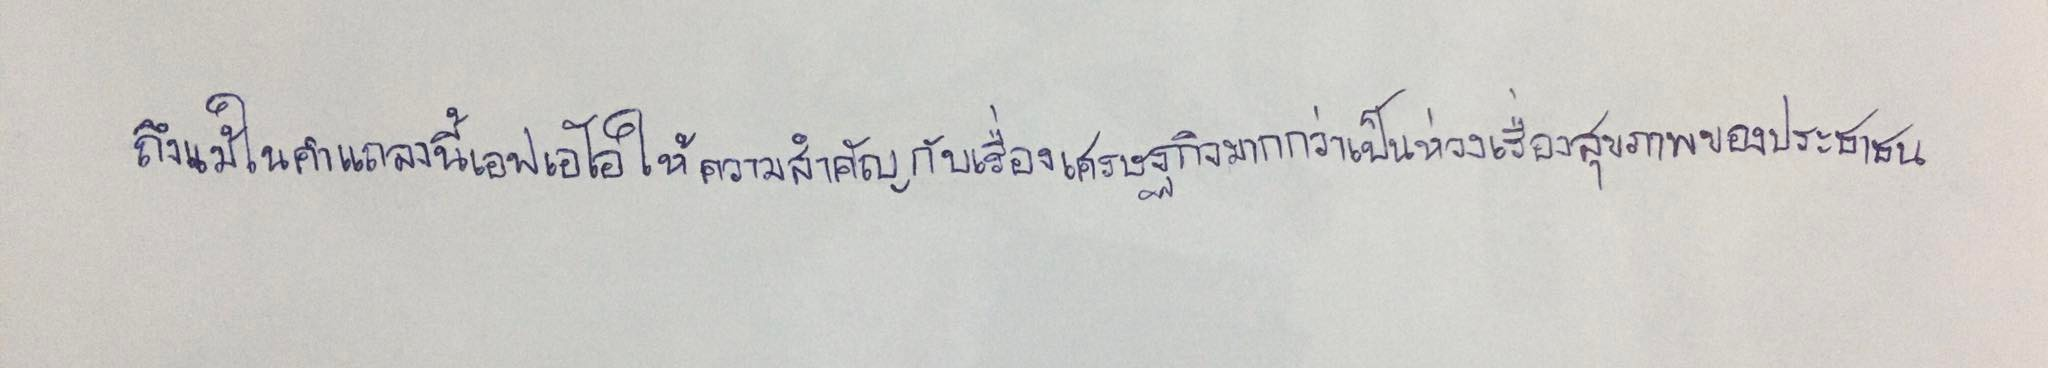
ถึงแม้ในคำแถลงนี้เอฟเอโอให้ความสำคัญกับเรื่องเศรษฐกิจมากกว่าเป็นห่วงเรื่องสุขภาพของประชาชน